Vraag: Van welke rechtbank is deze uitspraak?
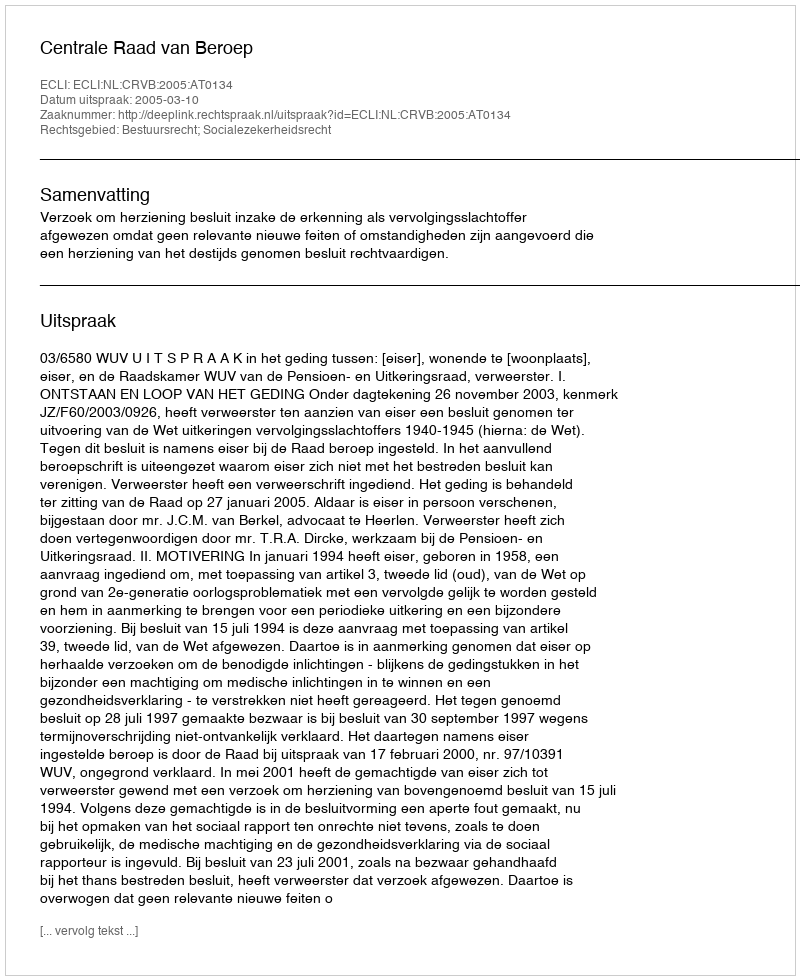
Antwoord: Centrale Raad van Beroep